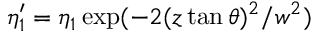
\eta _ { 1 } ^ { \prime } = \eta _ { 1 } \exp ( - 2 ( z \tan \theta ) ^ { 2 } / w ^ { 2 } )